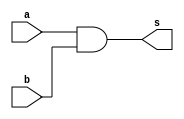
// ------------------------- 
// Exercicio 09 - AND 
// Nome: Gabriel Benjamim de Carvalho
// ------------------------- 
// ------------------------- 
// -- and gate com duas entradas
// ------------------------- 
module andgate2 ( output s, 
input a, 
input b); 
assign s = a & b; 
endmodule // andgate 


//-- And gate principal com 3 entradas

module andgate3 ( output s4, 
input x, 
input y, input c); 
assign s4 = x & y & c; 
endmodule // andgate 

// --------------------- 
// -- test and gate 
// --------------------- 
module testandgate; 
// ------------------------- dados locais 
reg a, b, c; // definir registradores 
wire s ,x, y, s4; // definir conexao (fio) 
// ------------------------- instancia 
andgate2 AND1 (x, a, b); 
andgate2 AND2 (y, a, b);
andgate3 AND3  (s4, x, y, c);
// ------------------------- preparacao 
initial begin:start 
// atribuicao simultanea 
// dos valores iniciais 
a=0; b=0;c=0;  
end 
// ------------------------- parte principal 
initial begin 
$display("Exercicio 09 - Gabriel Benjamim de Carvalho - 396690"); 
$display("Test AND gate"); 
$display("\t\t time\t\a b c = s"); 
// execucao permanente 
$monitor("%d\t%b %b %b = %b", $time, a,b,c,s4);

#1 a=0;b=0;c=0;
#1 a=0;b=0;c=1;
#1 a=0;b=1;c=0;
#1 a=0;b=1;c=1;
#1 a=1;b=0;c=0;
#1 a=1;b=0;c=1;
#1 a=1;b=1;c=0;
#1 a=1;b=1;c=1;
end 
endmodule // testandgate